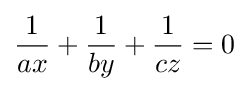
{\frac {1}{ax}}+{\frac {1}{by}}+{\frac {1}{cz}}=0